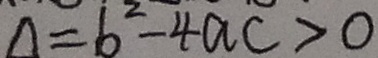
\Delta = 6 ^ { 2 } - 4 a c > 0